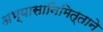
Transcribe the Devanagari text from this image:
अभ्यासानिमित्ताने